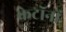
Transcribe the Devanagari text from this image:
क्रेटॉनों